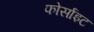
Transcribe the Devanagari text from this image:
फोर्साइट